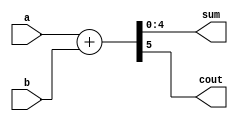
module adder (
    input wire [4:0] a, b,
    output wire [4:0] sum,
    output wire cout
    );
    
    wire [5:0] a_extended = {1'b0,a};
    wire [5:0] b_extended = {1'b0, b};
    wire [5:0] sum_and_cout = a_extended + b_extended;
    
    assign sum = sum_and_cout[4:0];
    assign cout = sum_and_cout[5];

endmodule